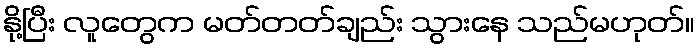
နို့ပြီး လူတွေက မတ်တတ်ချည်း သွားနေ သည်မဟုတ်။